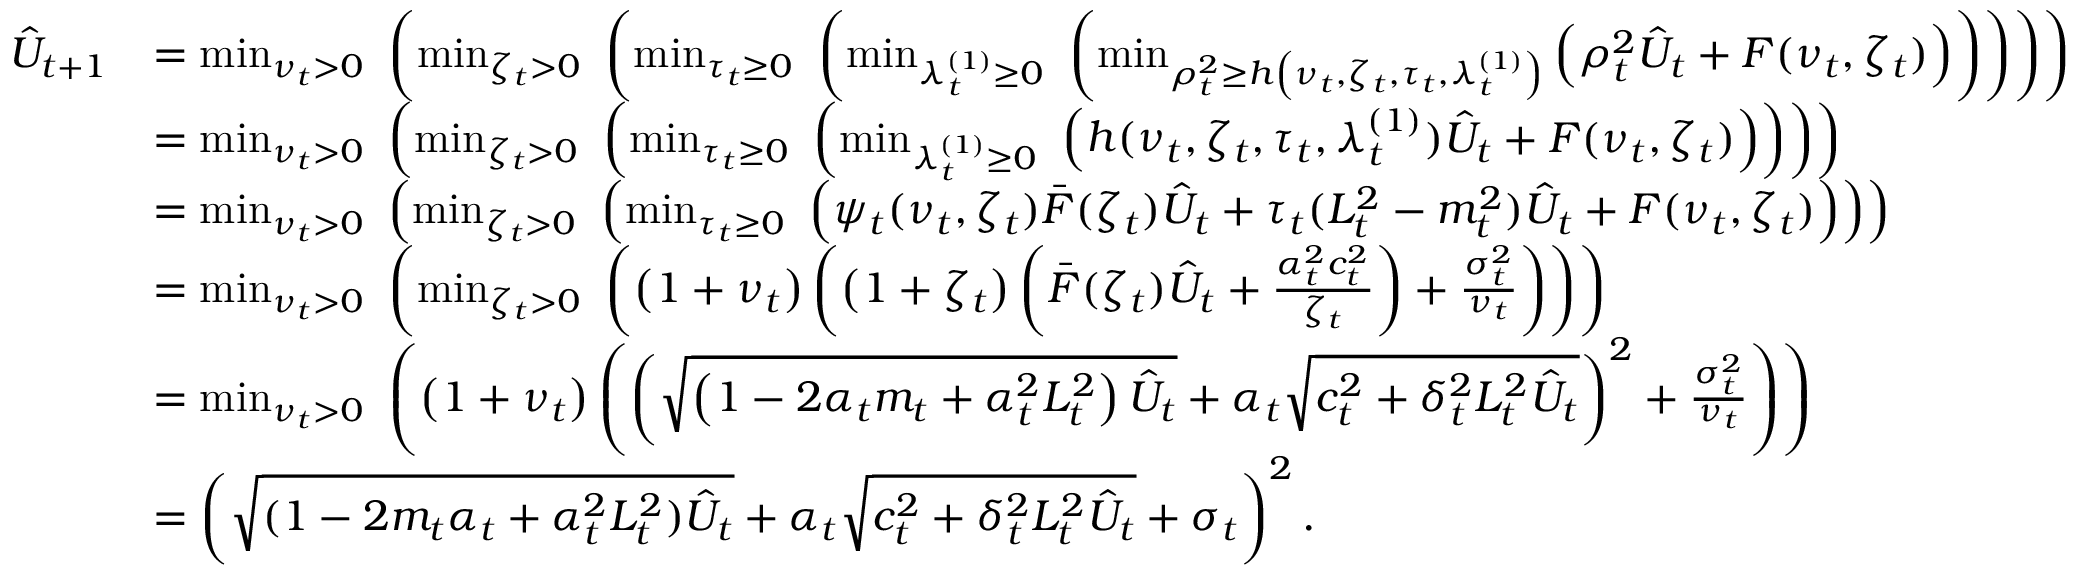
\begin{array} { r l } { \hat { U } _ { t + 1 } } & { = \operatorname* { m i n } _ { \nu _ { t } > 0 } \, \, \left( \operatorname* { m i n } _ { \zeta _ { t } > 0 } \, \, \left( \operatorname* { m i n } _ { \tau _ { t } \ge 0 } \, \, \left( \operatorname* { m i n } _ { \lambda _ { t } ^ { ( 1 ) } \ge 0 } \, \, \left( \operatorname* { m i n } _ { \rho _ { t } ^ { 2 } \ge h \left( \nu _ { t } , \zeta _ { t } , \tau _ { t } , \lambda _ { t } ^ { ( 1 ) } \right) } \left( \rho _ { t } ^ { 2 } \hat { U } _ { t } + F ( \nu _ { t } , \zeta _ { t } ) \right) \right) \right) \right) \right) } \\ & { = \operatorname* { m i n } _ { \nu _ { t } > 0 } \, \, \left( \operatorname* { m i n } _ { \zeta _ { t } > 0 } \, \, \left( \operatorname* { m i n } _ { \tau _ { t } \ge 0 } \, \, \left( \operatorname* { m i n } _ { \lambda _ { t } ^ { ( 1 ) } \ge 0 } \, \, \left( h ( \nu _ { t } , \zeta _ { t } , \tau _ { t } , \lambda _ { t } ^ { ( 1 ) } ) \hat { U } _ { t } + F ( \nu _ { t } , \zeta _ { t } ) \right) \right) \right) \right) } \\ & { = \operatorname* { m i n } _ { \nu _ { t } > 0 } \, \, \left( \operatorname* { m i n } _ { \zeta _ { t } > 0 } \, \, \left( \operatorname* { m i n } _ { \tau _ { t } \ge 0 } \, \, \left( \psi _ { t } ( \nu _ { t } , \zeta _ { t } ) \bar { F } ( \zeta _ { t } ) \hat { U } _ { t } + \tau _ { t } ( L _ { t } ^ { 2 } - m _ { t } ^ { 2 } ) \hat { U } _ { t } + F ( \nu _ { t } , \zeta _ { t } ) \right) \right) \right) } \\ & { = \operatorname* { m i n } _ { \nu _ { t } > 0 } \, \, \left( \operatorname* { m i n } _ { \zeta _ { t } > 0 } \, \, \left( \left( 1 + \nu _ { t } \right) \left( \left( 1 + \zeta _ { t } \right) \left( \bar { F } ( \zeta _ { t } ) \hat { U } _ { t } + \frac { \alpha _ { t } ^ { 2 } c _ { t } ^ { 2 } } { \zeta _ { t } } \right) + \frac { \sigma _ { t } ^ { 2 } } { \nu _ { t } } \right) \right) \right) } \\ & { = \operatorname* { m i n } _ { \nu _ { t } > 0 } \, \, \left( \left( 1 + \nu _ { t } \right) \left( \left( \sqrt { \left( 1 - 2 \alpha _ { t } m _ { t } + \alpha _ { t } ^ { 2 } L _ { t } ^ { 2 } \right) \hat { U } _ { t } } + \alpha _ { t } \sqrt { c _ { t } ^ { 2 } + \delta _ { t } ^ { 2 } L _ { t } ^ { 2 } \hat { U } _ { t } } \right) ^ { 2 } + \frac { \sigma _ { t } ^ { 2 } } { \nu _ { t } } \right) \right) } \\ & { = \left( \sqrt { ( 1 - 2 m _ { t } \alpha _ { t } + \alpha _ { t } ^ { 2 } L _ { t } ^ { 2 } ) \hat { U } _ { t } } + \alpha _ { t } \sqrt { c _ { t } ^ { 2 } + \delta _ { t } ^ { 2 } L _ { t } ^ { 2 } \hat { U } _ { t } } + \sigma _ { t } \right) ^ { 2 } . } \end{array}